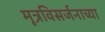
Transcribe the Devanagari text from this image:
मूत्रविसर्जनाच्या